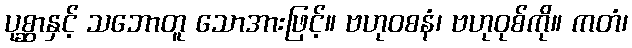
ပုစ္ဆာနှင့် သဘောတူ သောအားဖြင့်။ ဗဟုဝစနံ၊ ဗဟုဝုစ်ကို။ ကတံ၊